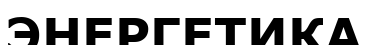
ЭНЕРГЕТИКА